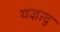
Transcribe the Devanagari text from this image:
यज्ञाद्‌